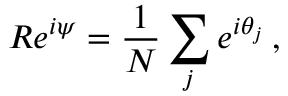
R e ^ { i \psi } = \frac { 1 } { N } \sum _ { j } e ^ { i \theta _ { j } } \, ,